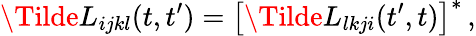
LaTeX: \Tilde{L}_{ijkl}(t,t^{\prime})=\big[\Tilde{L}_{lkji}(t^{\prime},t)\big]^{*}\, ,